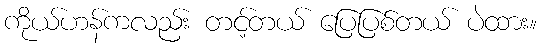
ကိုယ်ဟန်ကလည်း တင့်တယ် ပြေပြစ်တယ် ပဲထား။